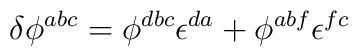
\delta\phi^{abc} = \phi^{dbc} \epsilon^{da} +		 \phi^{abf} \epsilon^{fc}